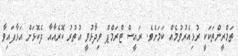
ތަމްރީންތަކަކީ ރުޅިއެރުވުމެއް ކަމަށެވެ. ރައީސް ޓްރަމްޕް ވިދާޅުވީ އުތުުރު ކޮރެއާއާ ދެކޮޅަށް އަޅާފައިވާ